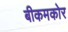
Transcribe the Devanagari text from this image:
बीकमकोर